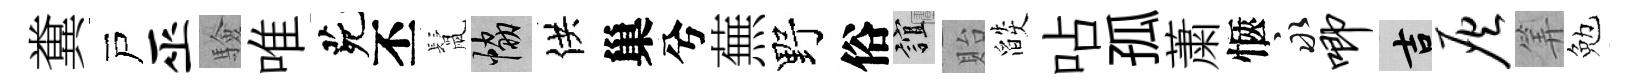
糞戸巫驗唯茕丕鬛協供巢兮蕪野俗誼貽燄呫孤䔥愜永唧吉灰筭勉